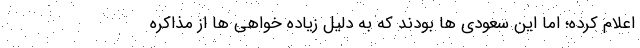
اعلام کرده؛ اما این سعودی ها بودند که به دلیل زیاده خواهی ها از مذاکره